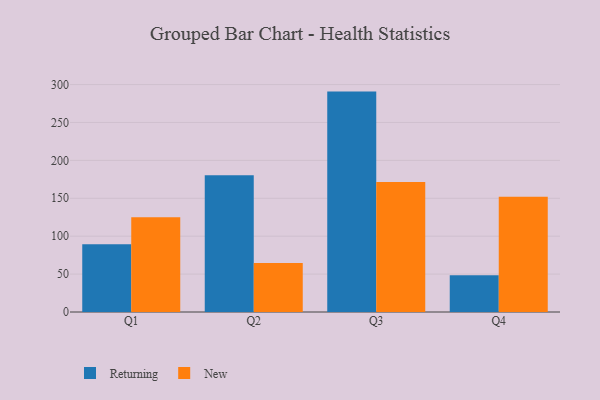
{"axis": {"x": "Quarter", "y": "Backlog"}, "legend": ["New", "Returning"], "data": [{"x": "Q1", "y": 89.3, "type": "Returning"}, {"x": "Q1", "y": 124.9, "type": "New"}, {"x": "Q2", "y": 180.3, "type": "Returning"}, {"x": "Q2", "y": 64.6, "type": "New"}, {"x": "Q3", "y": 290.7, "type": "Returning"}, {"x": "Q3", "y": 171.4, "type": "New"}, {"x": "Q4", "y": 48.6, "type": "Returning"}, {"x": "Q4", "y": 152.1, "type": "New"}]}